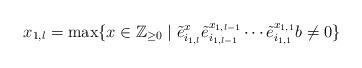
LaTeX: \begin{align*}\begin{aligned}x_{1, l} = \max\{x \in \mathbb{Z}_{\ge 0} \mid \tilde{e}_{i_{1, l}} ^x \tilde{e}_{i_{1, l-1}} ^{x_{1, l-1}} \cdots \tilde{e}_{i_{1, 1}} ^{x_{1, 1}} b \neq 0\}\end{aligned}\end{align*}